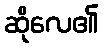
ဆိုလေ၏